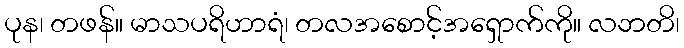
ပုန၊ တဖန်။ မာသပရိဟာရံ၊ တလအစောင့်အရှောက်ကို။ လဘတိ၊